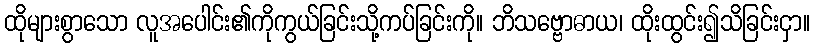
ထိုများစွာသော လူအပေါင်း၏ကိုကွယ်ခြင်းသို့ကပ်ခြင်းကို။ ဘိသဗ္ဗောဓာယ၊ ထိုးထွင်း၍သိခြင်းငှာ။